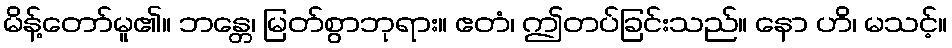
မိန့်တော်မူ၏။ ဘန္တေ၊ မြတ်စွာဘုရား။ ဧတံ၊ ဤတပ်ခြင်းသည်။ နော ဟိ၊ မသင့်။